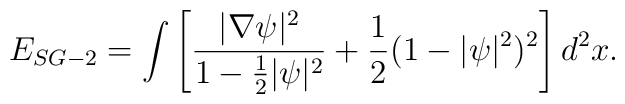
E_{SG-2} = \int \left[ \frac{|\nabla \psi|^2}{1-\frac{1}{2} |\psi|^2}+ \frac{1}{2} (1 - |\psi|^2)^2  \right] {d^2x}.